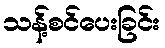
သန့်စင်ပေးခြင်း